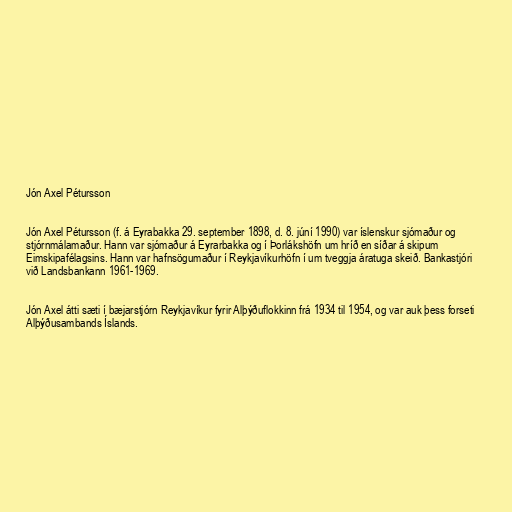
Jón Axel Pétursson

Jón Axel Pétursson (f. á Eyrabakka 29. september 1898, d. 8. júní 1990) var íslenskur sjómaður og
stjórnmálamaður. Hann var sjómaður á Eyrarbakka og í Þorlákshöfn um hríð en síðar á skipum
Eimskipafélagsins. Hann var hafnsögumaður í Reykjavíkurhöfn í um tveggja áratuga skeið. Bankastjóri
við Landsbankann 1961-1969.

Jón Axel átti sæti í bæjarstjórn Reykjavíkur fyrir Alþýðuflokkinn frá 1934 til 1954, og var auk þess forseti
Alþýðusambands Íslands.